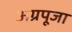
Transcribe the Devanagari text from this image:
अग्रपूजा